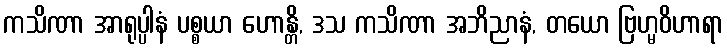
ကသိဏာ အာရုပ္ပါနံ ပစ္စယာ ဟောန္တိ, ဒသ ကသိဏာ အဘိညာနံ, တယော ဗြဟ္မဝိဟာရာ